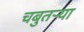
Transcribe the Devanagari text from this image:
चबुतऱ्या